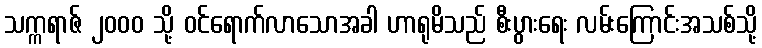
သက္ကရာဇ် ၂၀၀၀ သို့ ဝင်ရောက်လာသောအခါ ဟာရုမိသည် စီးပွားရေး လမ်းကြောင်းအသစ်သို့